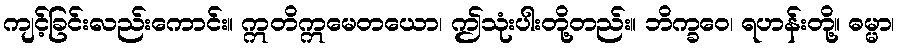
ကျင့်ခြင်းလည်းကောင်း။ ဣတိဣမေတယော၊ ဤသုံးပါးတို့တည်း။ ဘိက္ခဝေ၊ ရဟန်းတို့။ ဓမ္မာ၊